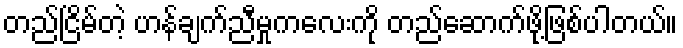
တည်ငြိမ်တဲ့ ဟန်ချက်ညီမှုကလေးကို တည်ဆောက်ဖို့ဖြစ်ပါတယ်။